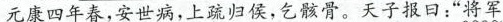
元康四年春，安世病，上疏归侯，乞骸骨。天子报曰：”将军